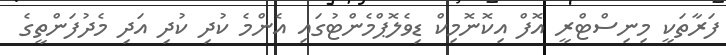
ފަރާތަކީ މިނިސްޓްރީ އޮފް އިކޮނޮމިކް ޑިވެލޮޕްމެންޓުގައި އެންމެ ކުދި ކުދި އަދި މެދުފަންތީގެ